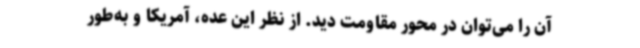
آن را می‌توان در محور مقاومت دید. از نظر این عده، آمریکا و به‌طور